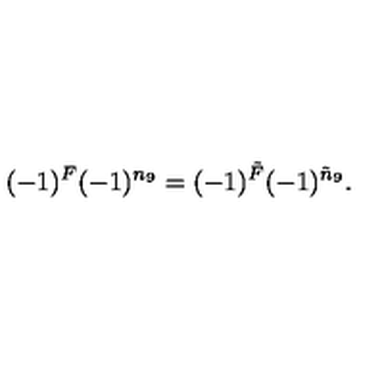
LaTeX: ( - 1 ) ^ { F } ( - 1 ) ^ { n _ { 9 } } = ( - 1 ) ^ { \tilde { F } } ( - 1 ) ^ { \tilde { n } _ { 9 } } .